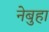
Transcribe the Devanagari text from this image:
नेबुहा